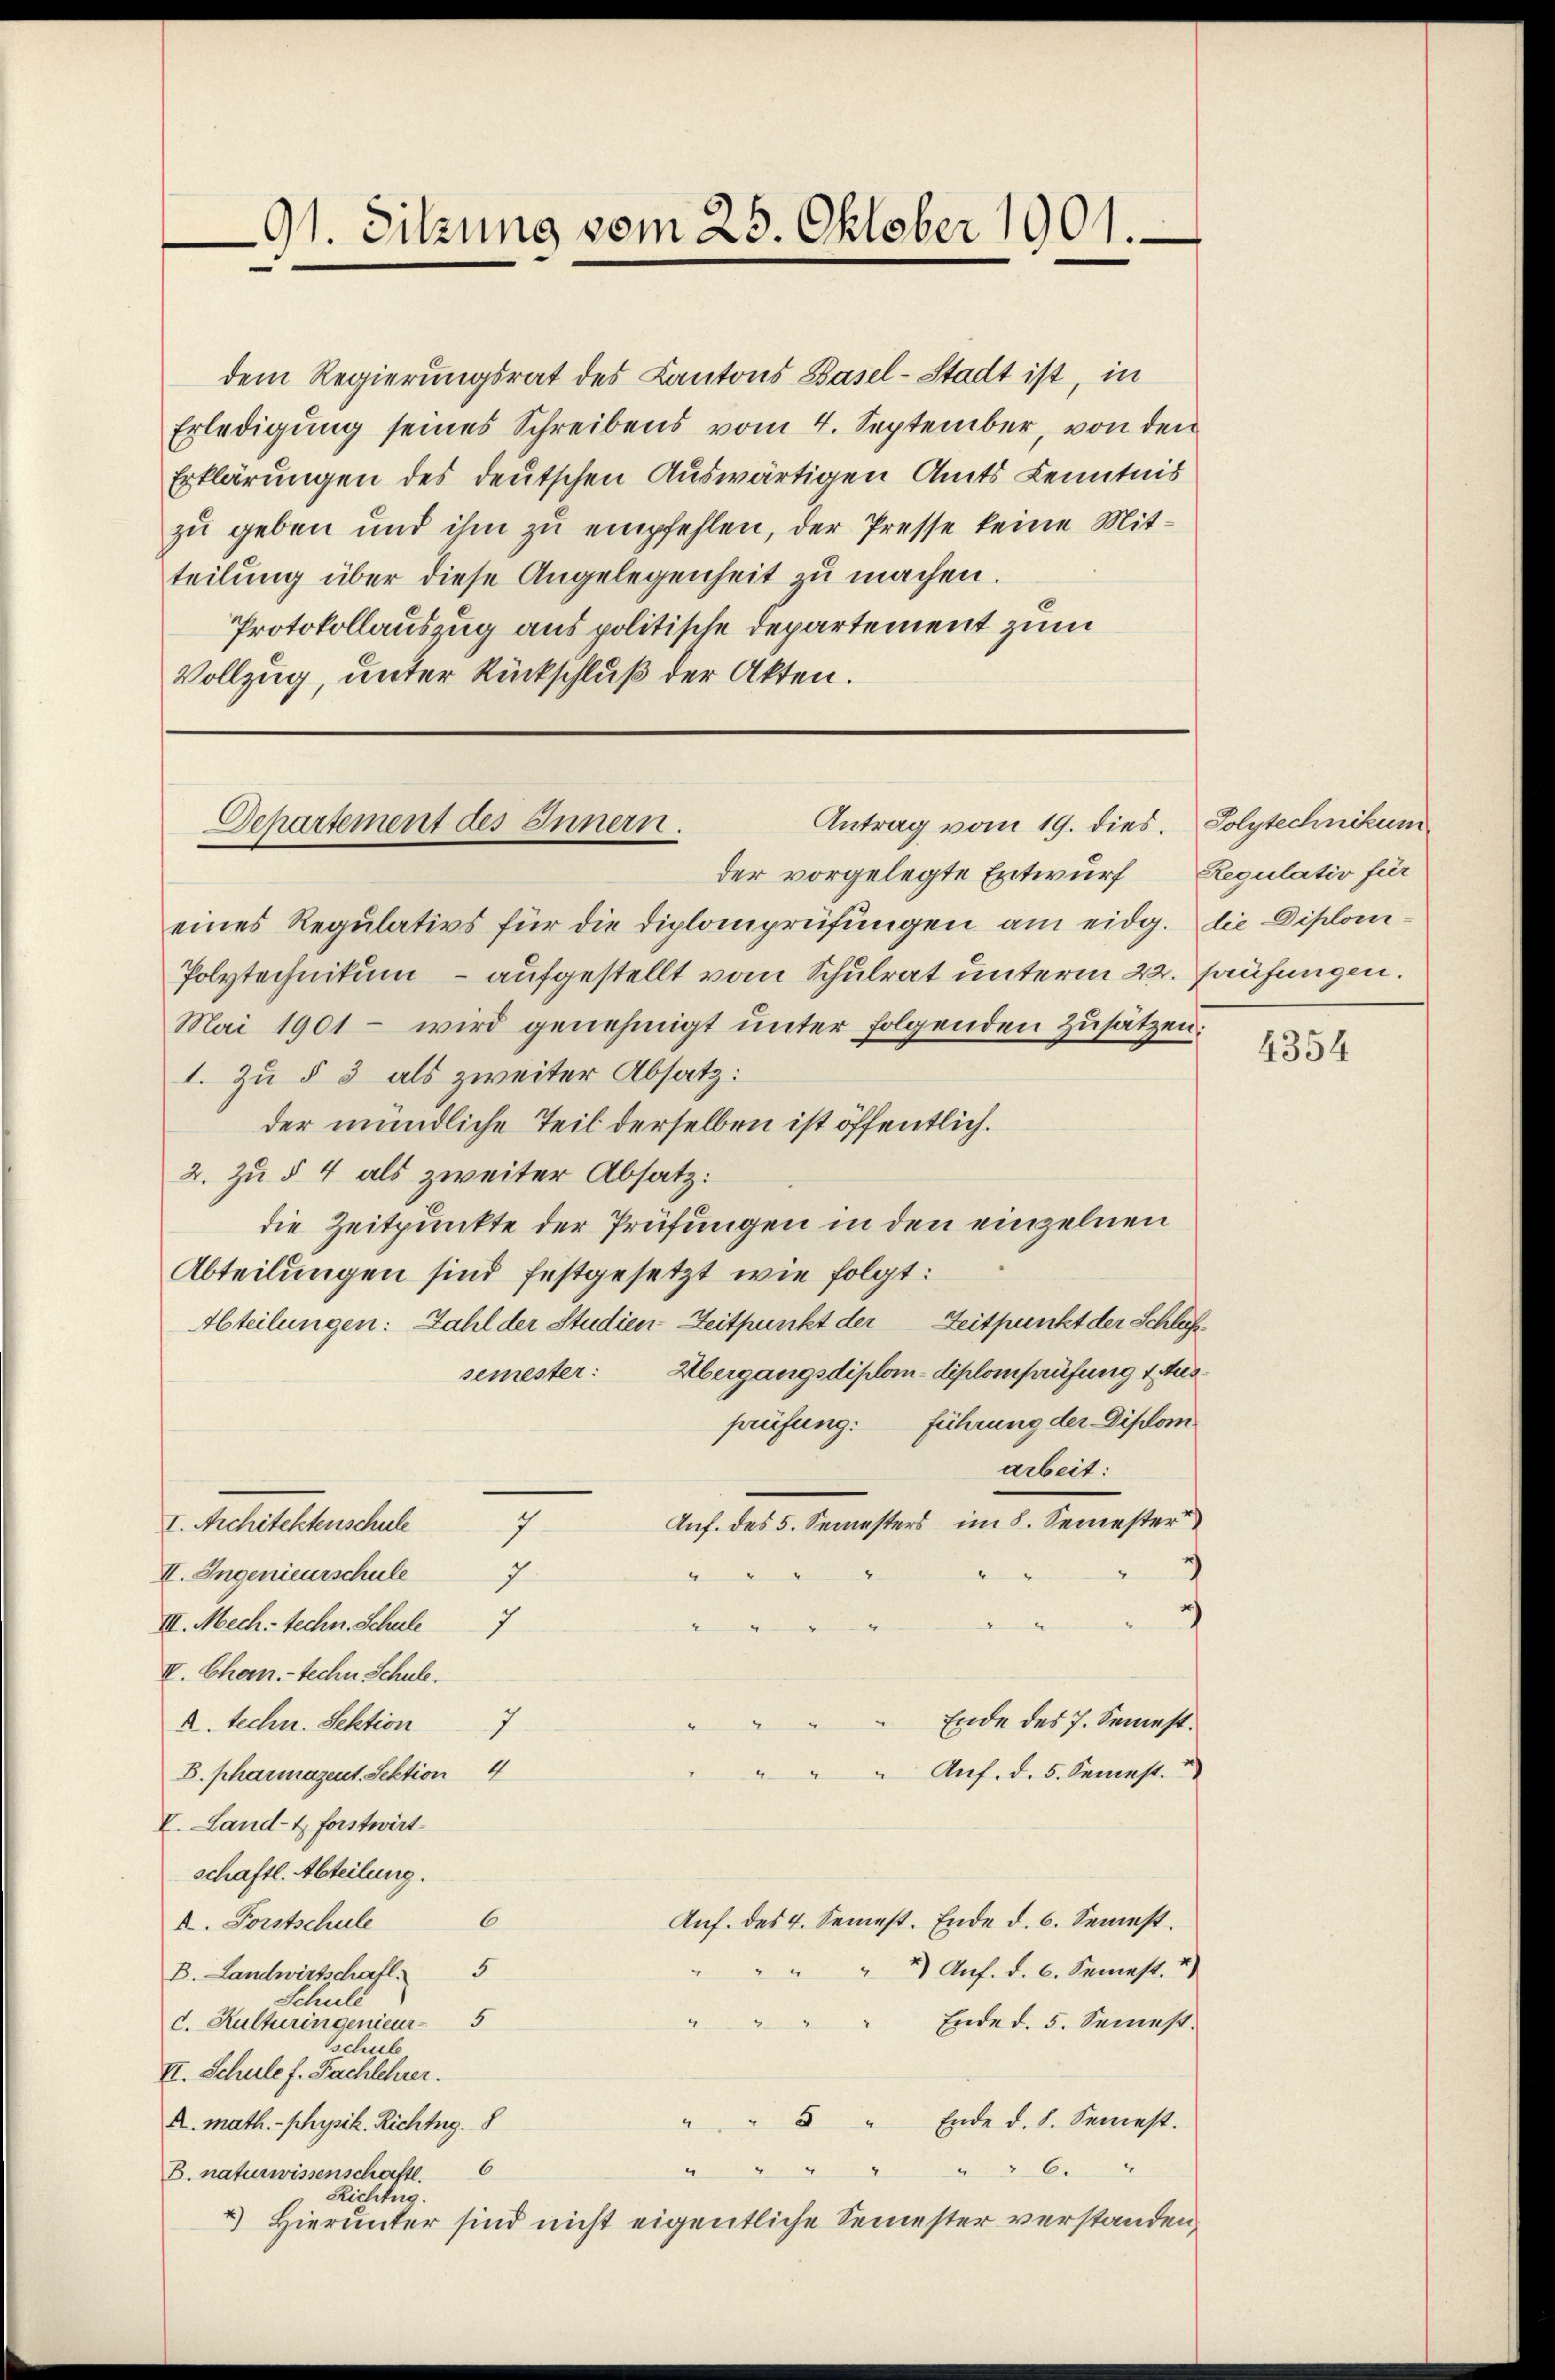
91. Sitzung vom 25. Oktober 1901.

dem Regierungsrat des Kantons Basel-Stadt ist in
Erledigŭng seines Schreibens vom 4. September, von den
Erklärungen des deutschen Auswärtigen Amts Kenntnis
zu geben und ihm zu empfehlen, der Presse keine Mitteilŭng über diese Angelegenheit zu machen.
Protokollauszug aus politische Departement zum
Vollzug, unter Rückschluß der Akten.

Antrag vom 19. dies.
Departement des Innern.

7.

der vorgelegte Entwurf
eines Regulativs für die Diplomprüfungen am eidg. die Diplom¬
Polytechnikum - aufgestellt vom Schulrat unterm 22. Haufungen.
Mai 1901 wird genehmigt unter folgenden Zusätzen:
1. Zu § 3 als zweiter Absatz:
der mündliche Teil derselben ist öffentlich.
2. zu § 4 als zweiter Absatz:
die Zeitpunkte der Prüfungen in den einzelnen
Abteilungen sind festgesetzt wie folgt:
Abteilungen: Zahl der Studien Zeitpunkt der Zeitpunkt der Schlaf
Übergangsdiplom-diplomprüfung 1 Aussemester:
prüfung. Führung der Diplom
arbeit:
Auf. des 5. Semesters im 8. Semester
I. Architektenschule
II. Ingenieurschule
2
III. Mech-techn. Schule 7
II. Chan.- techen Schule.
Ende des 7. Semest.
2. techn. Sektion 7
Auf. d. 5. Semest.
B. pharmazent. Sektion 4
V. Land- & Forstwirt
schaftl. Abteilung.
6
Auf. des 4. Semest. Ende d. 6. Semest.
I. Forstschule
5
2) Auf. d. 6. Semest. “)
B. Landwirtschaft.
Schuld
5
c. Kulturingenieur-
Ende d. 5. Semest.
schule
II. Schule f. Fachlehrer.
 " Ende d. 8. Semest.
A. Math. - physik. Richtig. 8
“
6
6.
“
B. naturwissenschaftl.
Richtig.
2) Hierunter sind nicht eigentliche Semester verstanden,

Polytechnikum
Regulativ für

4354